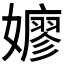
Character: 𫲋